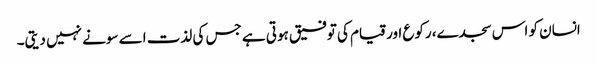
انسان کو اس سجدے، رکوع اور قیام کی توفیق ہوتی ہے جس کی لذت اسے سونے نہیں دیتی۔